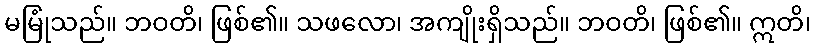
မမြုံသည်။ ဘဝတိ၊ ဖြစ်၏။ သဖလော၊ အကျိုးရှိသည်။ ဘဝတိ၊ ဖြစ်၏။ ဣတိ၊